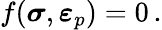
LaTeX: f({\boldsymbol{\sigma}},{\boldsymbol{\varepsilon}}_{p})=0\, .